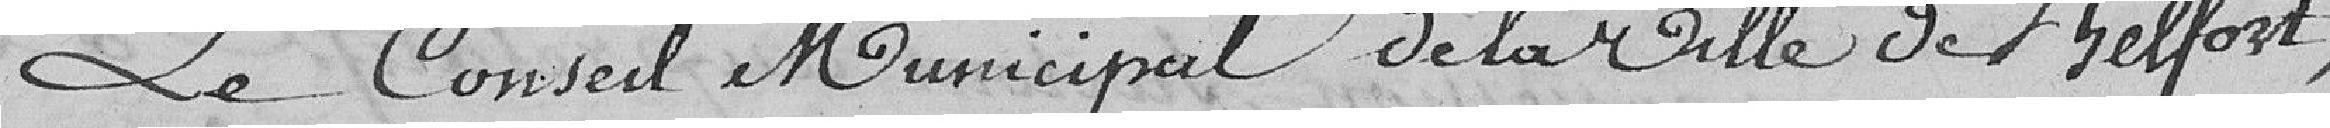
Le conseil municipal de la ville de Belfort,